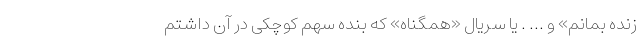
زنده بمانم» و ... . یا سریال «همگناه» که بنده سهم کوچکی در آن داشتم